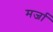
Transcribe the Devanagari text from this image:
मर्जा